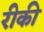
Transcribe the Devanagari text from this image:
रीकी